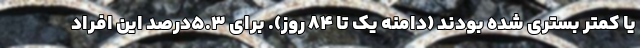
یا کمتر بستری شده بودند (دامنه یک تا ۸۴ روز). برای ۵.۳درصد این افراد